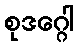
စုဒဂ္ဂေါ